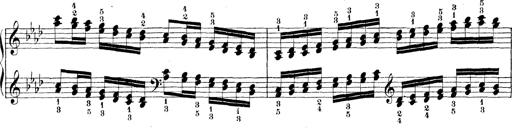
Title: Technische Studien
Composer: Franz Liszt